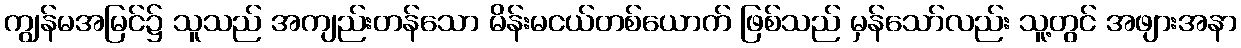
ကျွန်မအမြင်၌ သူသည် အကျည်းတန်သော မိန်းမငယ်တစ်ယောက် ဖြစ်သည် မှန်သော်လည်း သူ့တွင် အဖျားအနာ